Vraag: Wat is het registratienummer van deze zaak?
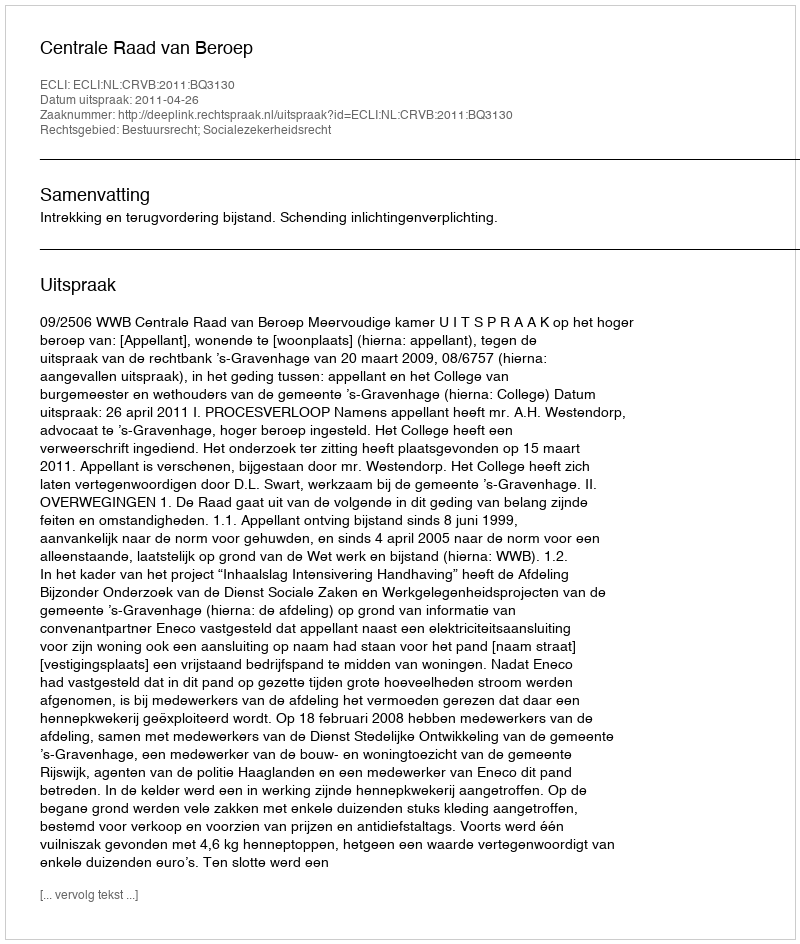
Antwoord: http://deeplink.rechtspraak.nl/uitspraak?id=ECLI:NL:CRVB:2011:BQ3130